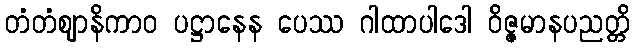
တံတံဈာနိကာဝ ပဋ္ဌာနေန ပေဿ ဂါထာပါဒေါ ဝိဇ္ဇမာနပညတ္တိ